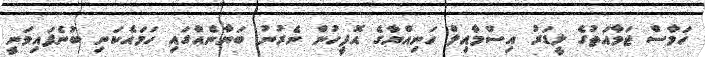
ހަމާސް ޖަމާއަތުގެ ލީޑަރު އިސްމާއިލް ހަނިއްޔާގެ އޮފީހުން ނެރުނު ބަޔާނެއްގައި ހަމައެކަނި ބުނެފައިވަނީ